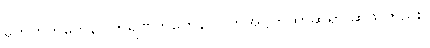
ဟေတုဘူတေနဝါကရဏဘူတေနဝါ၊ ဟုအဋ္ဌကထာဆရာ ဆိုသတည်း။